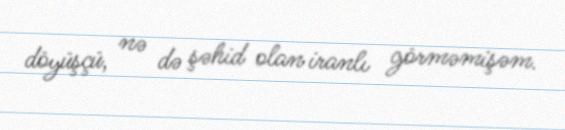
döyüşçü, nə də şəhid olan iranlı görməmişəm.